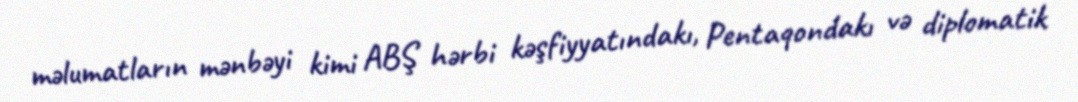
məlumatların mənbəyi kimi ABŞ hərbi kəşfiyyatındakı, Pentaqondakı və diplomatik